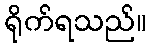
ရိုက်ရသည်။